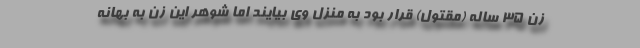
زن 35 ساله (مقتول) قرار بود به منزل وی بیایند اما شوهر این زن به بهانه